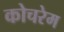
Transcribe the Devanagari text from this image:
कोचरेम